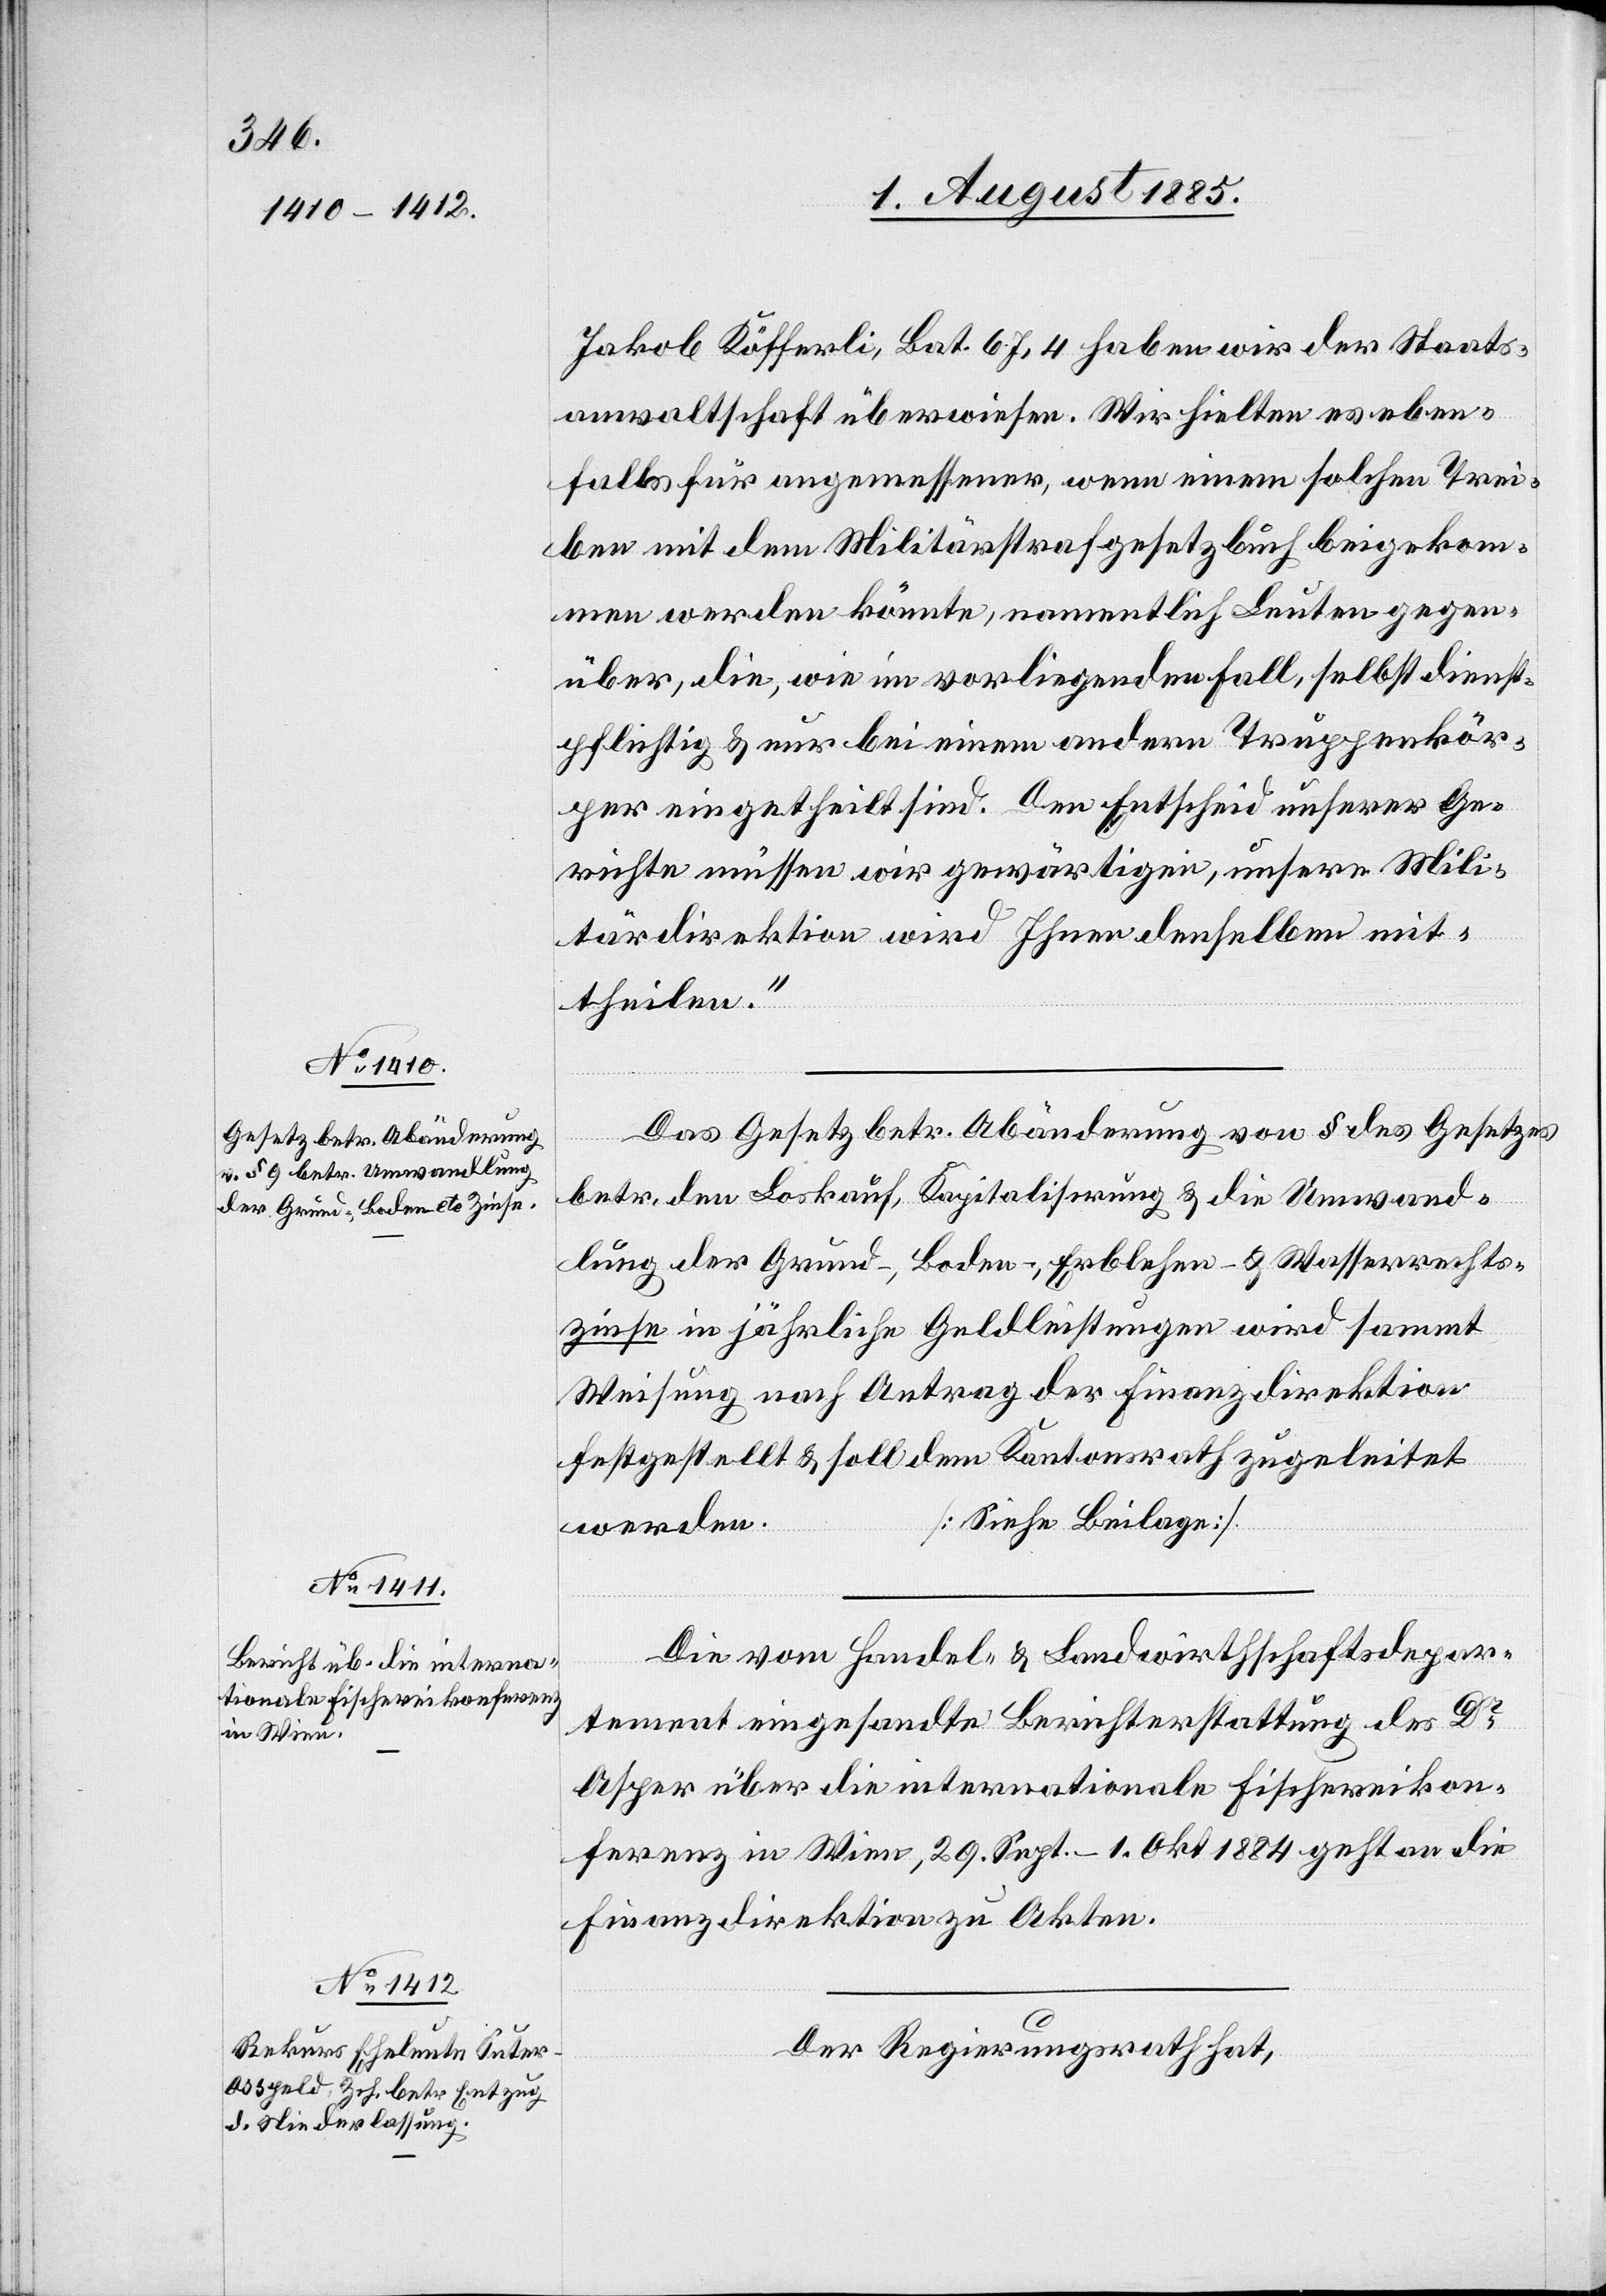
Jakob Köfferli, Bat. 67,4 haben wir der Staats¬
anwaltschaft überwiesen. Wir hielten es eben¬
falls für angemessener, wenn einem solchen Trei¬
ben mit dem Militärstrafgesetzbuch beigekom¬
men werden könnte, namentlich Leuten gegen¬
über, die, wie im vorliegenden Fall, selbst dienst¬
pflichtig & nur bei einem andern Truppenkör¬
per eingetheilt sind. Den Entscheid unserer Ge¬
richt müssen wir gewärtigen, unsere Mili¬
tärdirektion wird Ihnen denselben mit¬
theilen.“
Das Gesetz betr. Abänderung von § [9] des Gesetzes
betr. den Loskauf, Kapitalisirung & die Umwand¬
lung der Grund-, Boden-, Erblehen- & Wasserrechts¬
zinse in jährliche Geldleistungen wird sammt
Weisung nach Antrag der Finanzdirektion
festgestellt & soll dem Kantonsrath zugeleitet
[Siehe Beilage]
werden.
Die vom Handel[s]- & Landwirthschaftsdepar¬
tement eingesandte Berichterstattung des Dr
Asper über die internationale Fischereikon¬
ferenz in Wien, 29. Sept.–1. Okt. 1884 geht an die
Finanzdirektion zu Akten.